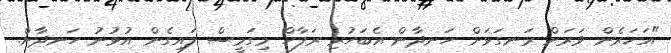
"އަހަރެން ވަރަށް ރަނގަޅަށް ހަނދާން އެބަހުރި ރަފާހް މިގަމީސް ލައިގެން އުޅުނު ހަނދާން.